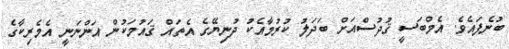
ބުނެފައެވެ. އެމްބަސީ ޤުދުސްއަށް ބަދަލު ކުރުމާއެކު ދުނިޔޭގެ އެތައް ޤައުމަކުން އަންނަނީ އެމެރިކާގެ